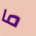
ما